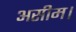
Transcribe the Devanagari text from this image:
असीम।